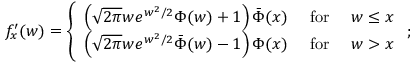
f _ { x } ^ { \prime } ( w ) = \left\{ \begin{array} { l l } { \left( \sqrt { 2 \pi } w e ^ { w ^ { 2 } / 2 } \Phi ( w ) + 1 \right) \bar { \Phi } ( x ) } & { \mathrm { ~ f o r ~ } \quad w \leq x } \\ { \left( \sqrt { 2 \pi } w e ^ { w ^ { 2 } / 2 } \bar { \Phi } ( w ) - 1 \right) \Phi ( x ) } & { \mathrm { ~ f o r ~ } \quad w > x } \end{array} \right. ;